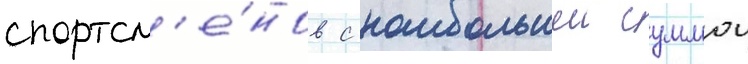
спортсм'е́нов с наибольшеи суммои